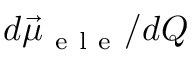
d \vec { \mu } _ { \mathrm { ~ e ~ l ~ e ~ } } / d Q